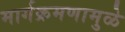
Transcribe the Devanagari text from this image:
मार्गक्रमणामुळे